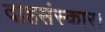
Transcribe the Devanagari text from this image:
दाहसंस्कार।